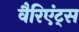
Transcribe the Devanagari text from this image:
वैरिएंट्स